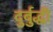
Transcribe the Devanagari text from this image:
दुर्बुद्धी